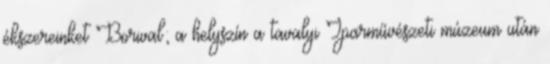
ékszereinket Borival; a helyszín a tavalyi Iparművészeti múzeum után